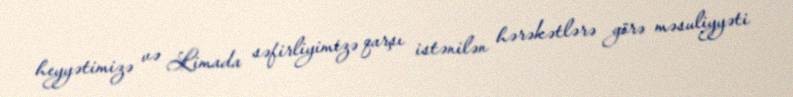
heyyətimizə və Limada səfirliyimizə qarşı istənilən hərəkətlərə görə məsuliyyəti